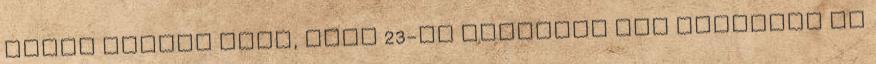
siker akkora volt, hogy 23-án vasárnap két előadást is